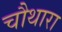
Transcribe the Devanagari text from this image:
चौथारा